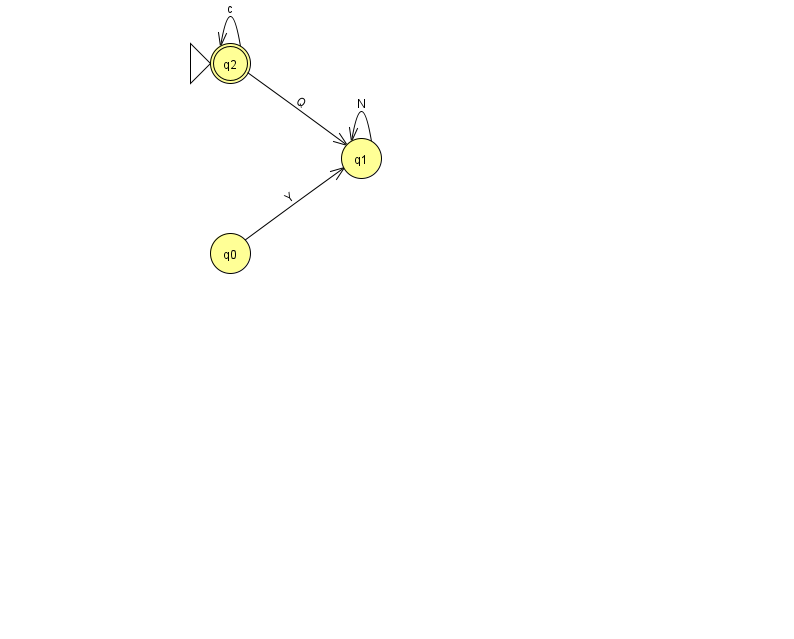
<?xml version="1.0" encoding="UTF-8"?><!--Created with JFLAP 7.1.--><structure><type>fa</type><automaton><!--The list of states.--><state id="0" name="q0"><x>230.0</x><y>240.0</y></state><state id="1" name="q1"><x>361.0</x><y>145.0</y></state><state id="2" name="q2"><x>230.0</x><y>50.0</y><initial/><final/></state><!--The list of transitions.--><transition><from>0</from><to>1</to><read>Y</read></transition><transition><from>2</from><to>2</to><read>c</read></transition><transition><from>2</from><to>1</to><read>Q</read></transition><transition><from>1</from><to>1</to><read>N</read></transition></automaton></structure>